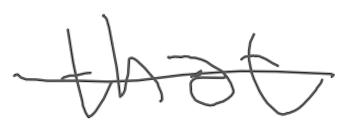
Text: that
Cross-out: mix
Writing tool: digital_gray